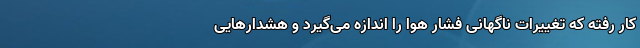
کار رفته که تغییرات ناگهانی فشار هوا را اندازه می‌گیرد و هشدارهایی